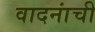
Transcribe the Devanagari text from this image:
वादनांची